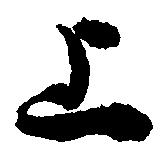
上